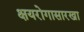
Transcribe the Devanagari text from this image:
क्षयरोगासारखा